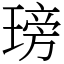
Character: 𤧭